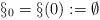
LaTeX: \begin{align*}\S_0=\S(0):=\emptyset\end{align*}